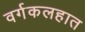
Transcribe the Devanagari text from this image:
वर्गकलहात